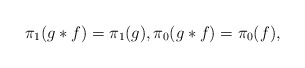
\begin{align*} \pi_1(g \ast f) = \pi_1(g), \pi_0(g \ast f) = \pi_0(f) ,\end{align*}